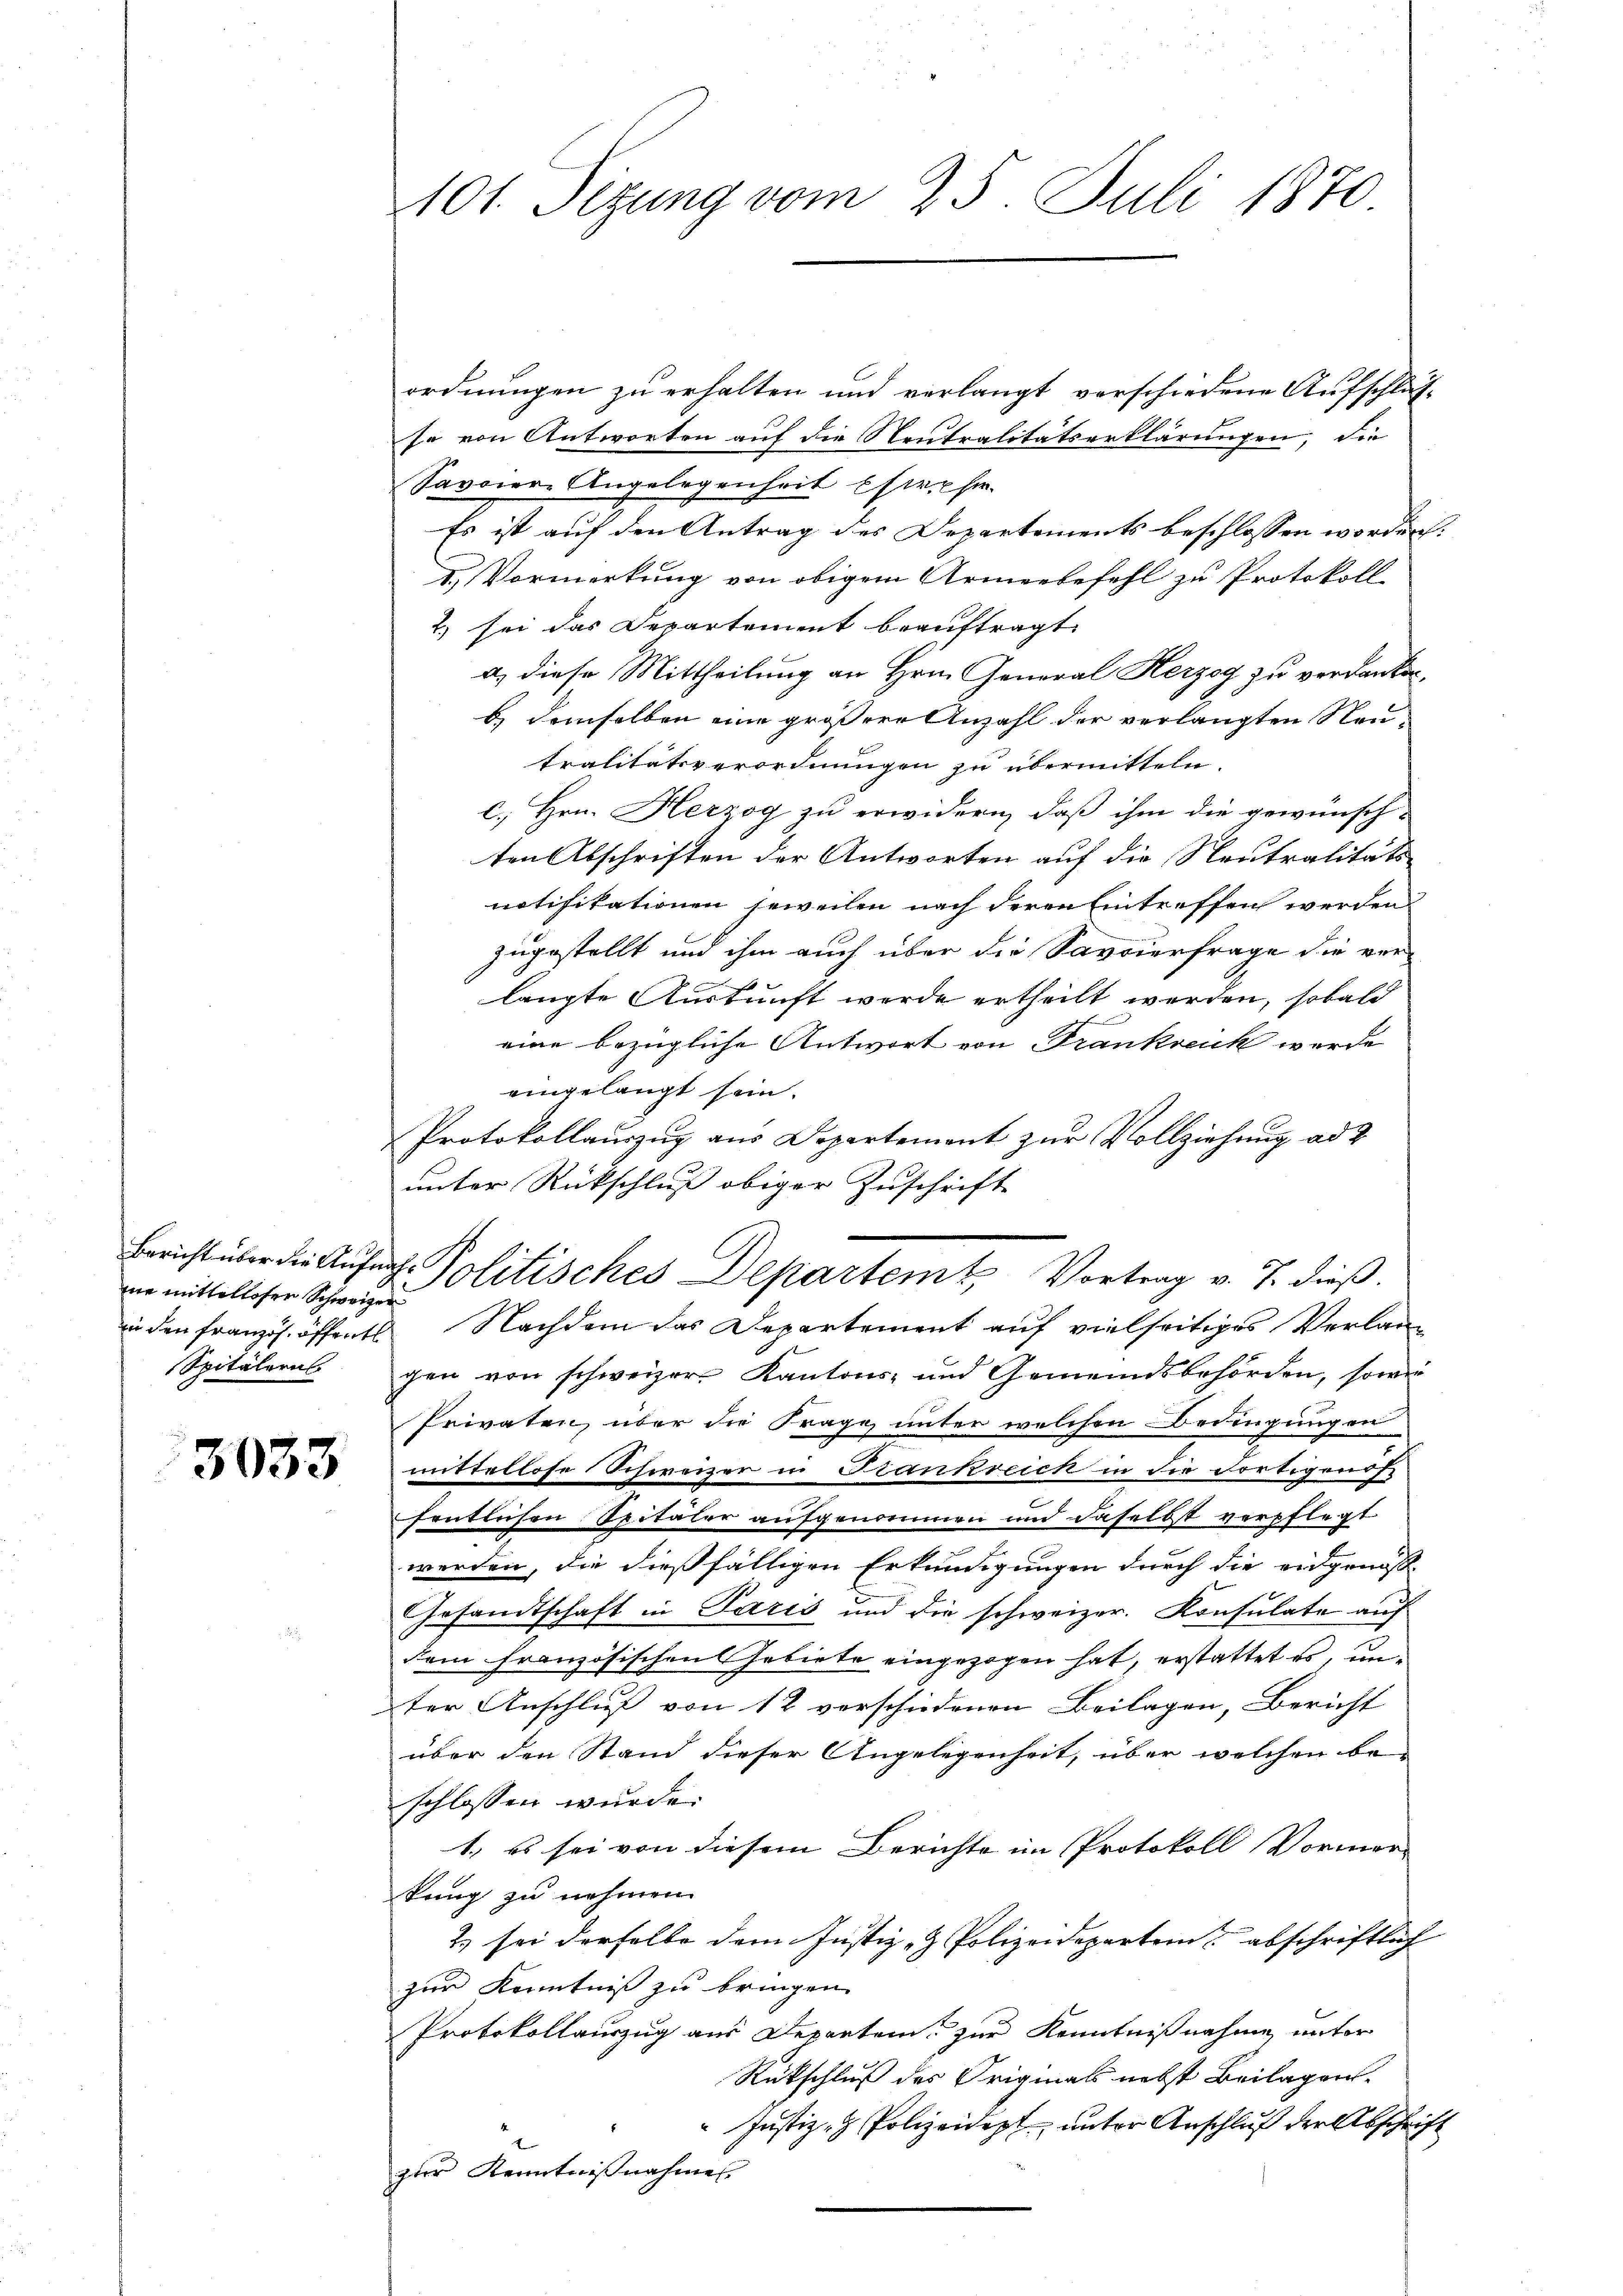
nie mittellosen Schweizer
in den Französ. öffentl
Spitälerns

3033

101. Setzung vom 25. Juli 1870

ordnungen zu erhalten und verlangt verschiedene Aufschläf-
se von Antworten auf die Neutralitätserklärungen, die
Savoier-Angelegenheit Ehere hier
Es ist auf den Antrag des Departements beschlossen worden:
2. Vormerkung von obigem Armeebefehl zu Protokoll
2) sei das Departement beauftragt.
a) diese Mittheilung an Hrn. General Herzog zu verdanken,
b. demselben eine grössere Anzahl der verlangten Neutralitätsverordnungen zu übermitteln.
c. Hrn. Herzog zu erwidern, daß ihm die gewünsch-
ten Abschriften der Antworten auf die Neutralitäts
notifikationen jeweilen nach deren Eintreffen werden
zugestellt und ihm auch über die Savoierfrage die ver-
langte Auskunft werde ertheilt werden, sobald
eine bezügliche Antwort von Frankreuk werde
eingelangt sein.
Protokollauszug aus Departement zur Vollziehung ad 2
unter Rückschluß obiger Zuschrift
Bericht über die Aufnah- Politisches Departem Vortrag v. J. dieß.
 Nachdem das Departement auf vielseitiges Verlan-
gen von schweizer. Kantons- und Gemeindsbehörden, sowie
Privaten, über die Frage unter welchen Bedingungen
mittellose Schweizer in Frankreich in die Fortigends
fentlichen Spitäler aufgenommen und daselbst verpflegt
werden, die dießfälligen Erkundigungen durch die eidgenöss
Gesandtschaft in Paris und die schweizer. Konsulate auf
dem französischen Gebiete eingezogen hat, erstattet es, unter Anschluß von 12 verschiedenen Beilagen, Bericht
über den Stand dieser Angelegenheit, über welchen be-
schlossen wurde.
1. es sei von diesem Berichte im Protokoll Vormerkung zu nehmen.
2) sei derselbe dem Justiz- & Polizeidepartem abschriftlich
zur Kenntniß zu bringen.
Protokollauszug aus Departen zur Kenntnißnahme unter
Rückschluß des Originals nebst Beilagen.
" Justiz- & Polizeidept, unter Anschluß der Abschrift
zur Kenntnißnahmen.